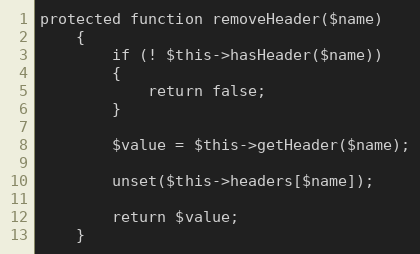
Language: PHP
protected function removeHeader($name)
	{
		if (! $this->hasHeader($name))
		{
			return false;
		}

		$value = $this->getHeader($name);

		unset($this->headers[$name]);

		return $value;
	}